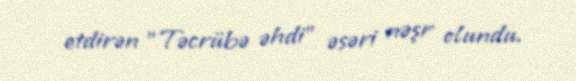
etdirən "Təcrübə əhdi" əsəri nəşr olundu.